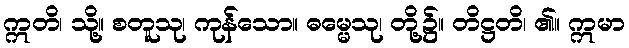
ဣတိ၊ သို့။ စတူသု၊ ကုန်သော။ ဓမ္မေသု၊ တို့၌။ တိဋ္ဌတိ၊ ၏။ ဣမာ